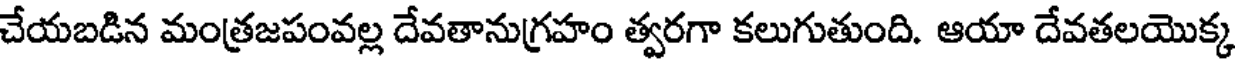
చేయబడిన మంత్రజపంవల్ల దేవతానుగ్రహం త్వరగా కలుగుతుంది. ఆయా దేవతలయొక్క